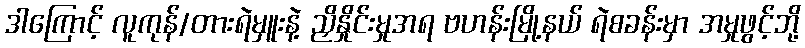
ဒါကြောင့် လူကုန်/တားရဲမှူးနဲ့ ညှိနှိုင်းမှုအရ ဗဟန်းမြို့နယ် ရဲစခန်းမှာ အမှုဖွင့်ဘို့